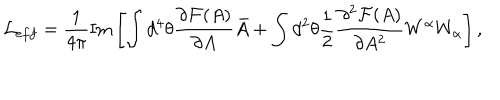
LaTeX: { \cal L } _ { e f f } = \frac { 1 } { 4 \pi } \mathrm { I m } \left[ \int { d ^ { 4 } \theta \frac { \partial { \cal F } ( A ) } { \partial A } \bar { A } } + \int { d ^ { 2 } \theta \frac { 1 } { 2 } \frac { \partial ^ { 2 } { \cal F } ( A ) } { \partial A ^ { 2 } } W ^ { \alpha } W _ { \alpha } } \right] ,